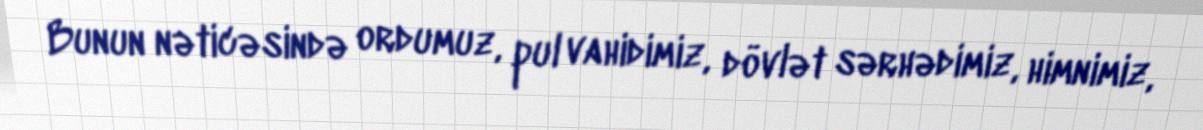
Bunun nəticəsində ordumuz, pul vahidimiz, dövlət sərhədimiz, himnimiz,